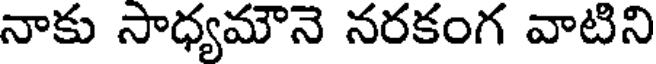
నాకు సాధ్యమౌనె నరకంగ వాటిని